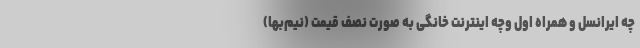
چه ایرانسل و همراه اول وچه اینترنت خانگی به صورت نصف قیمت (نیم‌بها)